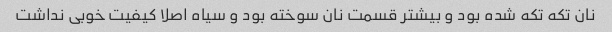
نان تکه تکه شده بود و بیشتر قسمت نان سوخته بود و سیاه اصلا کیفیت خوبی نداشت